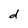
Character: d